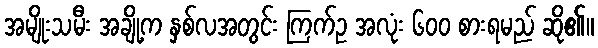
အမျိုးသမီး အချို့က နှစ်လအတွင်း ကြက်ဥ အလုံး ၆၀၀ စားရမည် ဆို၏။